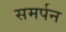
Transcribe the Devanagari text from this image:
समर्पन